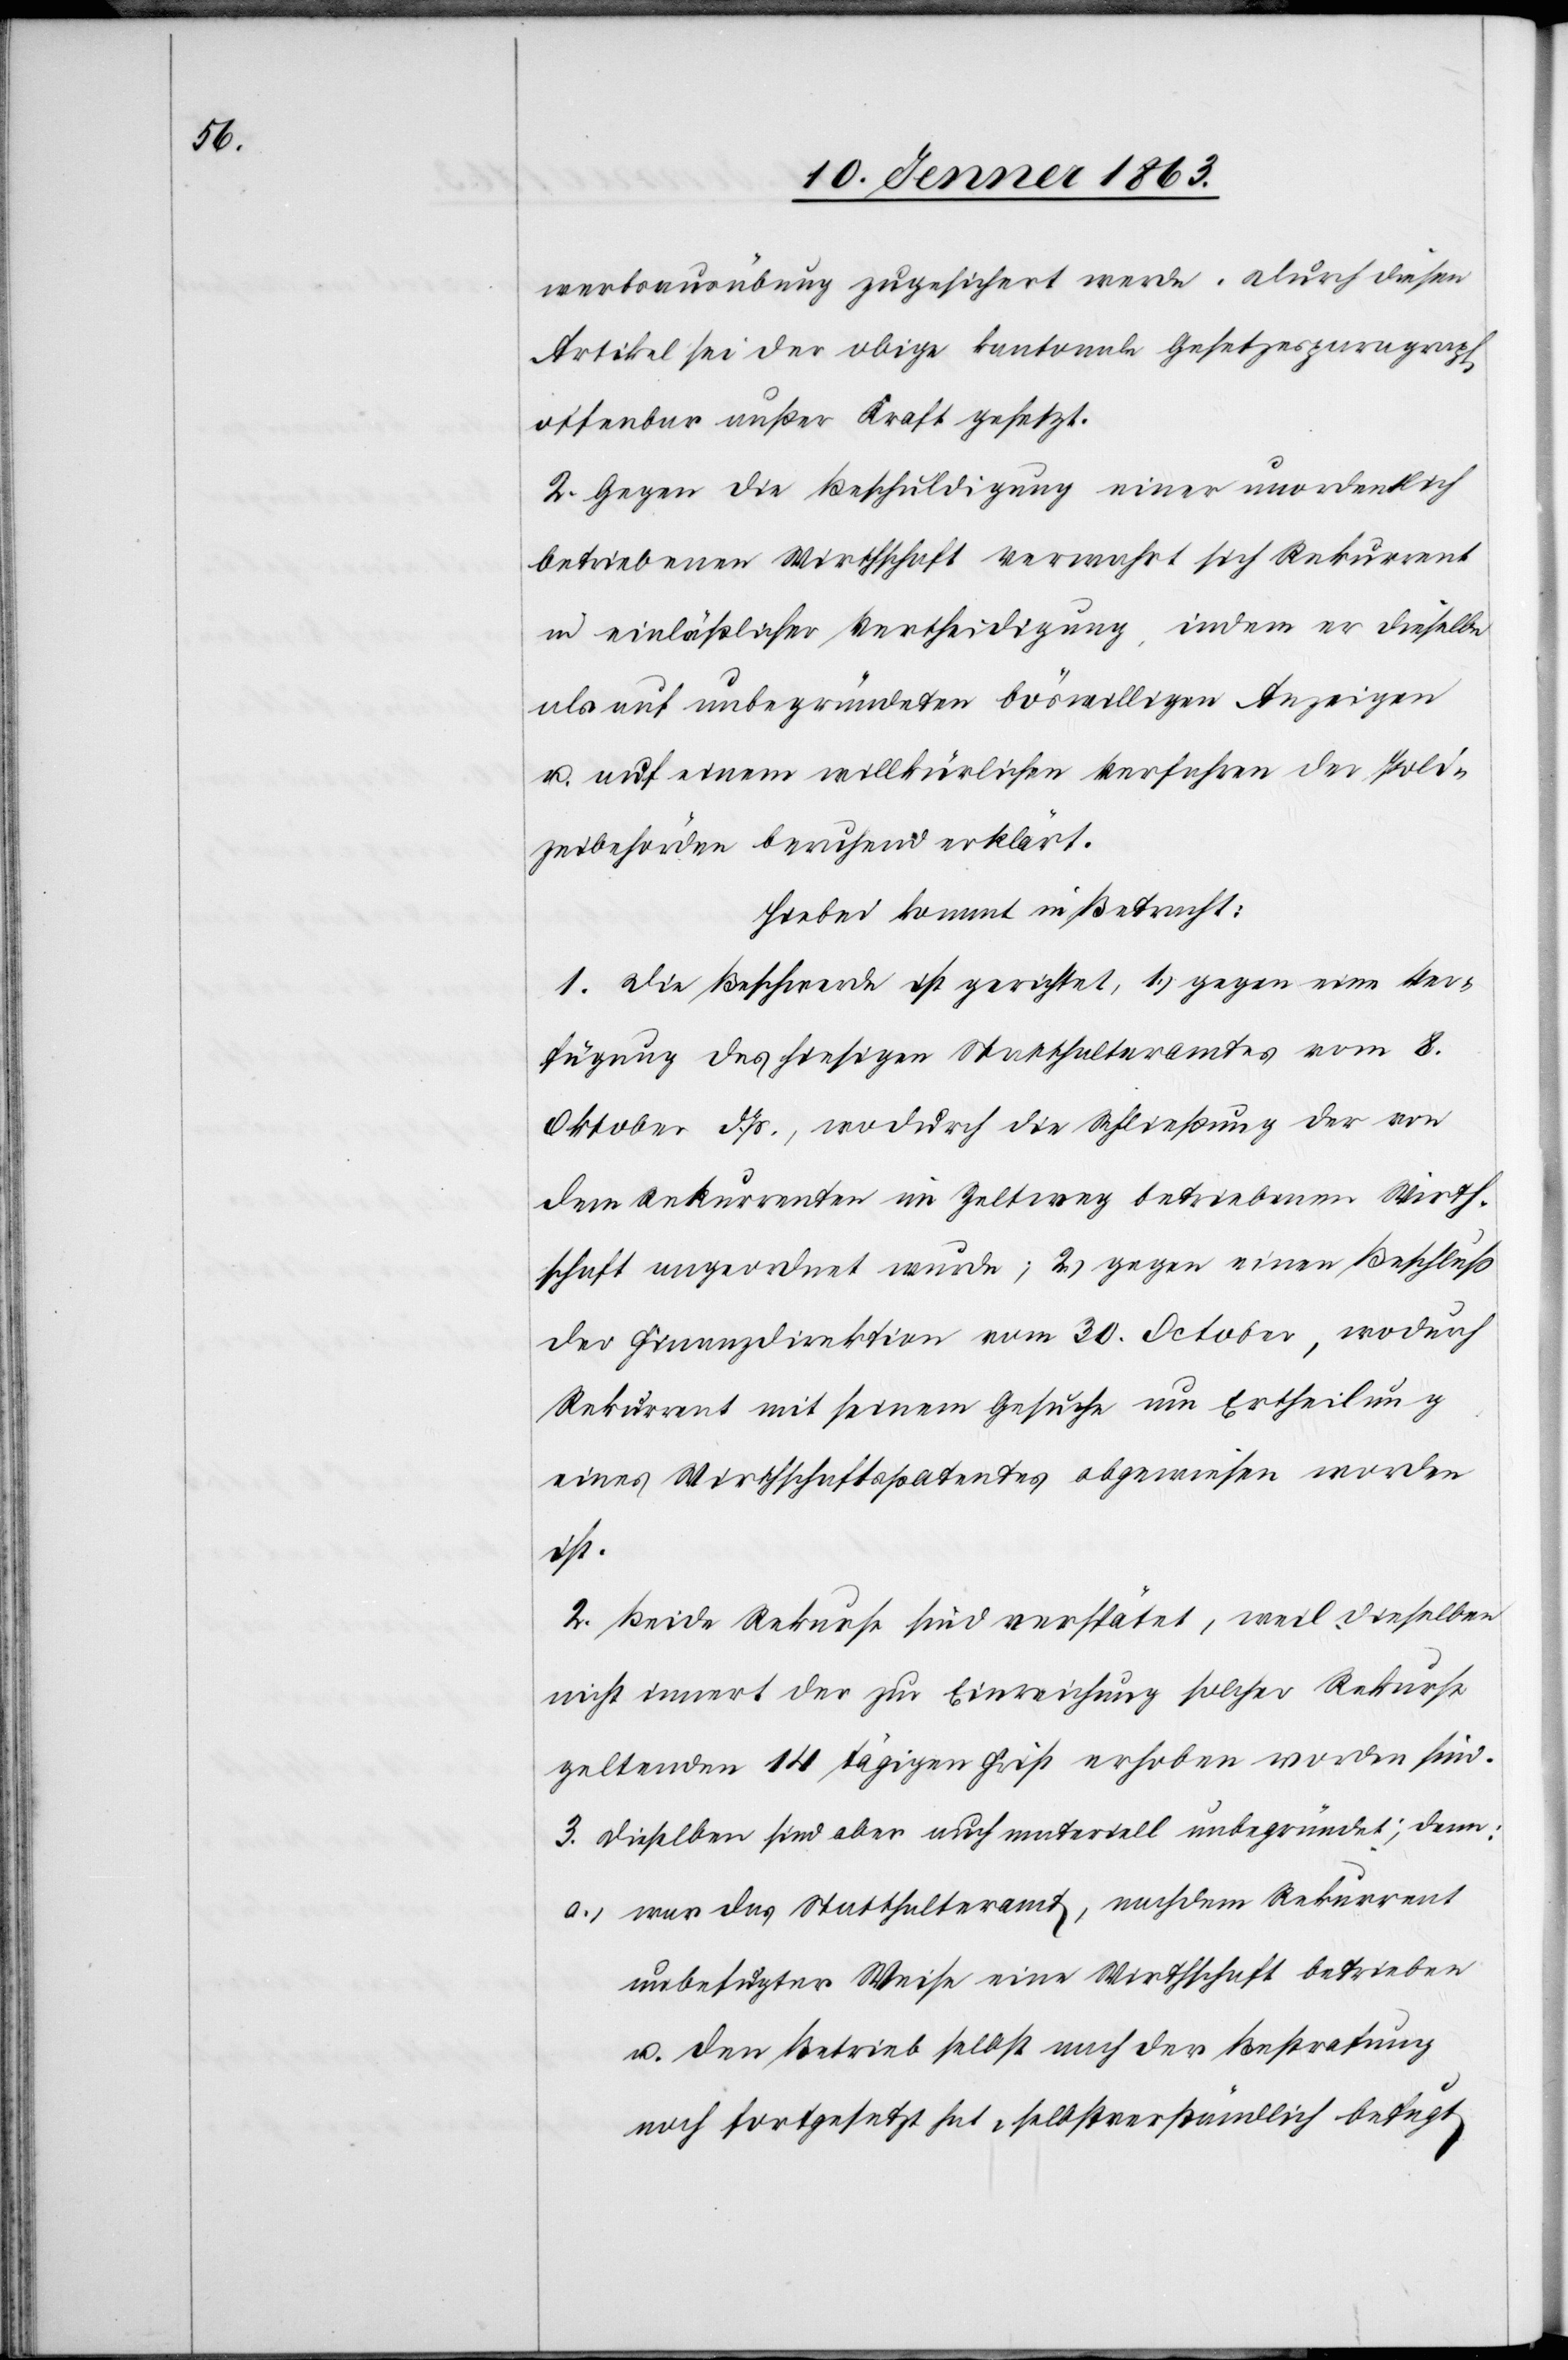
werbsausübung zugesichert werde. Durch diesen
Artikel sei der obige kantonale Gesetzesparagraph
offenbar außer Kraft gesetzt.
2. Gegen die Beschuldigung einer unordentlich
betriebenen Wirthschaft verwahrt sich Rekurrent
in einläßlicher Vertheidigung, indem er dieselbe
als auf unbegründeten böswilligen Anzeigen
u. auf einem willkürlichen Verfahren der Poli¬
zeibehörden beruhend erklärt.
Hiebei kommt in Betracht:
1. Die Beschwerde ist gerichtet, 1.) gegen eine Ver¬
fügung des hiesigen Statthalteramtes vom 8.
Oktober d. Js., wodurch die Schließung der von
dem Rekurrenten im Zeltweg betriebenen Wirth¬
schaft angeordnet wurde; 2.) gegen einen Beschluß
der Finanzdirektion vom 30. October, wodurch
Rekurrent mit seinem Gesuche um Ertheilung
eines Wirthschaftspatentes abgewiesen worden
ist.
2. Beide Rekurse sind verspätet, weil dieselben
nicht innert der zur Einreichung solcher Rekurse
geltenden 14 tägigen Frist erhoben worden sind.
3. Dieselben sind aber auch materiell unbegründet; denn:
a.) war das Statthalteramt, nachdem Rekurrent
unbefugter Weise eine Wirthschaft betrieben
u. den Betrieb selbst nach der Bestrafung
noch fortgesetzt hat, selbstverständlich befugt,